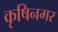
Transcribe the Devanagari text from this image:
कृषिनगर